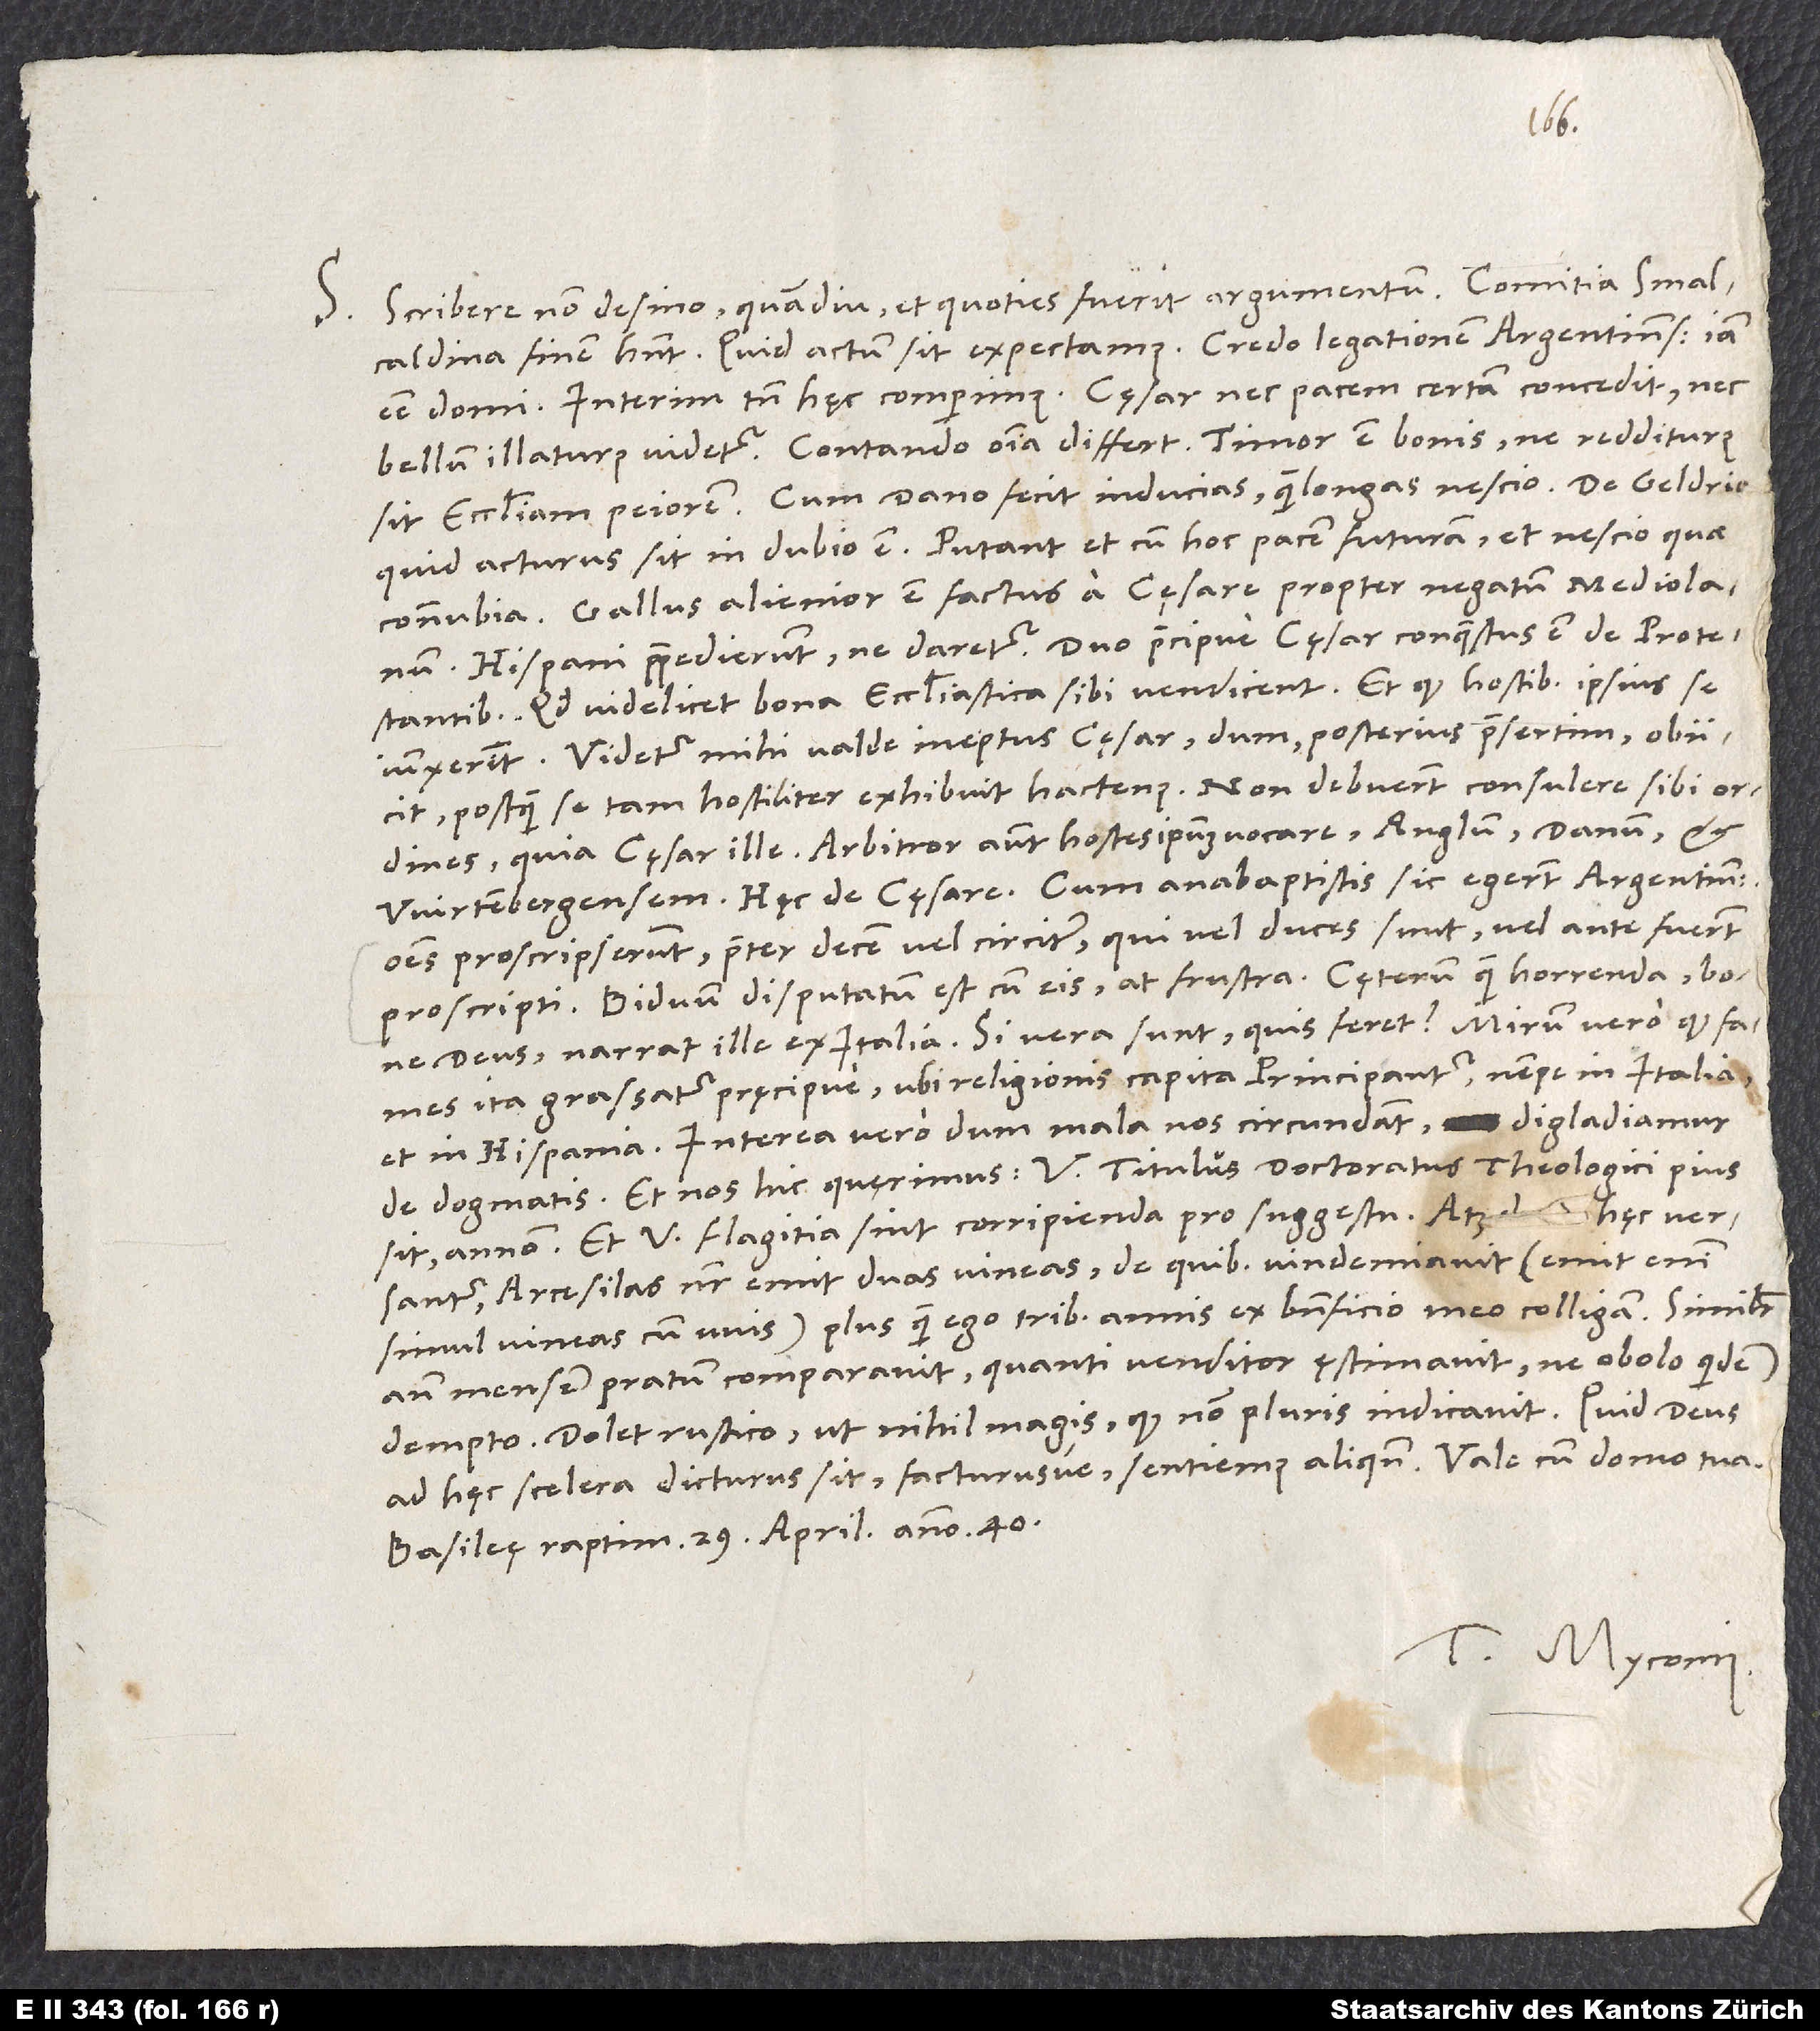
S. Scribere non desino, quamdiu et quoties fuerit argumentum. Comitia Smalcaldina
finem habent. Quid actum sit, expectamus. Credo legationem Argentinensem iam
esse domi. Interim tamen hęc comperimus: Cęsar nec pacem certam concedit nec
sit ecclesiam peiorem. Cum Dano fecit inducias; quam longas, nescio. De Geldrio
quid acturus sit, in dubio est. Putant et cum hoc pacem futuram et nescio quae
connubia. Gallus alienor est factus a cęsare propter negatum Mediolanum.
protestantibus, quod videlicet bona ecclesiastica sibi vendicent et quod hostibus ipsius se
iunxerint. Videtur mihi valde ineptus cęsar, dum posterius praesertim obiicit,
postquam se tam hostiliter exhibuit hactenus. Non debuerunt consulere sibi ordines,
quia cęsar ille. Arbitror autem hostes ipsum vocare Anglum, Danum et
Proscripserunt praeter decem vel circiter, qui vel duces sunt vel ante fuerunt
deus, narrat ille ex Italia! Si vera sunt, quis feret? Mirum vero, quod fames
ita grassatur pręcipue, ubi religionis capita principantur, nempe in Italia
versantur, Arcesilas noster emit duas vineas, de quibus vindemiavit (emit enim
simul vineas cum uvis) plus, quam ego tribus annis ex beneficio meo colligam.
ante mensem pratum comparavit, quanti venditor ęstimavit, ne obolo quidem
dempto. Dolet rustico ut nihil magis, quod non pluris indicavit. Quid deus
Basileę, raptim, 29. aprilis anno 40.
Tuus Myconius.